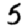
Digit: 5